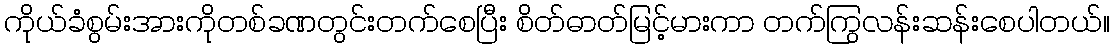
ကိုယ်ခံစွမ်းအားကိုတစ်ခဏတွင်းတက်စေပြီး စိတ်ဓာတ်မြင့်မားကာ တက်ကြွလန်းဆန်းစေပါတယ်။